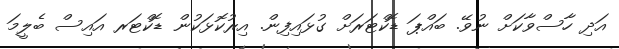
އަދި ހާސްވާކަށް ނުވޭ. ބައްޕަ ޑޮކްޓަރަށް ގުޅައިފިން. އިރުކޮޅަކުން ޑޮކްޓަރ އައިސް ބެލީމަ